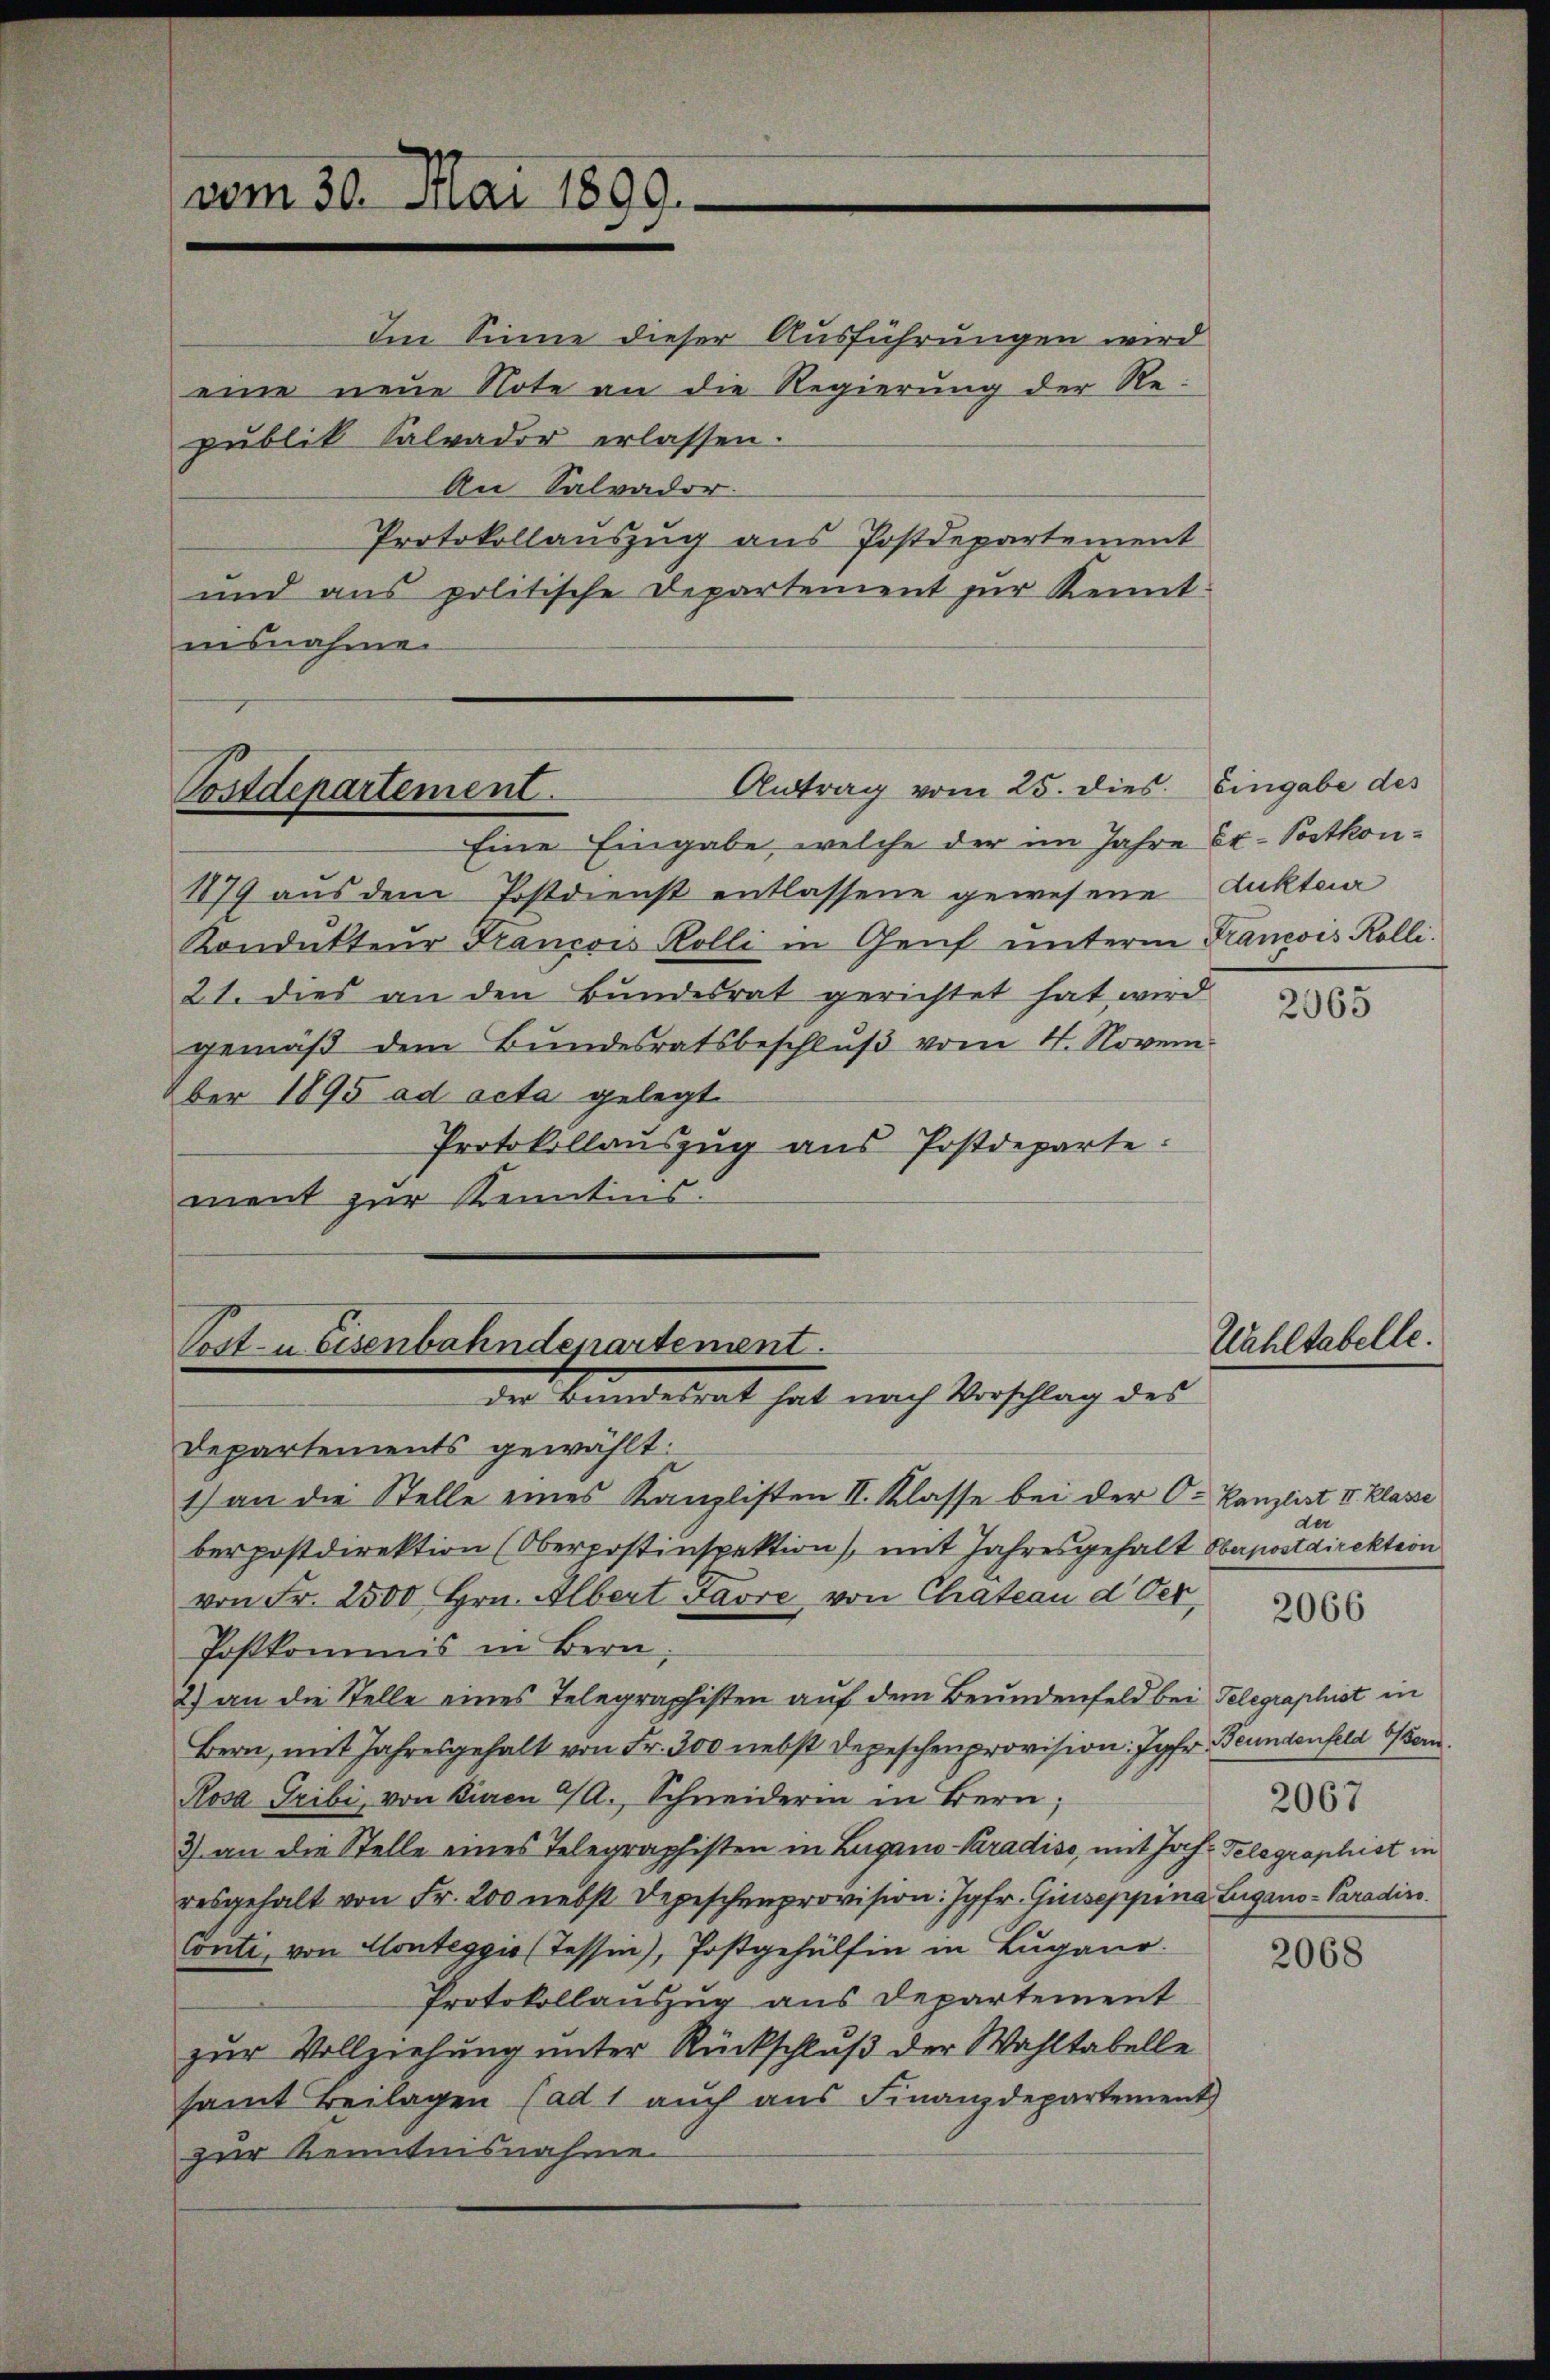
vom 30. Mai 1899.

eine neue Note an die Regierung der Republik Salvader erlassen.
An Salvador
Protokollauszug aus Postdepartement
und ans politische Departement zur Kenntisnahme.

Eine Eingabe, welche der im Jahre Ex. Postkon¬
1879 aus dem Postdienst entlassene gewesene Auktua
Kondukteur Francois Kolli in Genf unterm Krancois Kolli¬
21. dies an den Bundesrat gerichtet hat wird
gemäß dem Bundesratsbeschlŭβ vom 4. Novem
ber 1895 ad acta gelegt.
Protokollauszug aus Postdeparte:
ment zur Kenntins.

Antrag vom 25. dies. Eingabe des
Postdepartement.

Ien Sinne dieser Ausführungen wird

Post- u Eisenbahndepartement.
der Bandesrat hat nach Vorschlag des

Departements gewählt:
1) an die Stelle eines Kanzlisten II. Klasse bei der C. Kanzlist II. Klasse
berpostdirektion (Oberpostinspektion), mit Jahresgehalt Obapostdirektion
von Fr. 2500 Hrn. Albert Favre von Chateau d. Ver
Postkommis in Bern,
2) an die Stelle eines Telegraphisten auf dem Bundenfeld bei Telegraphist in
Bern, mit Jahresgehalt von Fr. 300 nebst Depeschenprovision: Jahr Beundenfeld odern
Rosa Gribi, von Bieren A. Schneiderin in Bern;
3) an die Stelle eines Telegraphisten in Lugano Paradiso, mit Joh. Telegraphist in
desgehalt von Fr. 200 nebst Depeschenprovision: Jgfr. Giiseppina Lugano - Paradiro.
Conti, von Monteggio (Tessin), Postgehülfen in Lugano.
Protokollauszug aus Departement
zur Vollziehung unter Rückschluß der Wahltabelle
samt Beilagen (ad 1 auch aus Finanzdepartement
zur Kenntnisnahme

2065

Wahltabelle.

der

2066

2067

2068